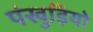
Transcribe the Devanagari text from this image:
पंखुड़ियो